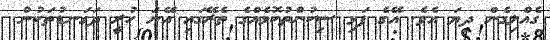
ގެއްލިގެން ދިޔަ އެވެ. އޭގެ ފަޅި ސިކުންތުކޮޅެއްގެ ތެރޭގައި އޭނަ ހުރީ ދަގަނޑުތަކުން